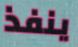
ينفذ